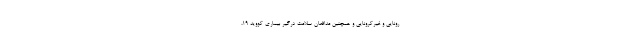
رونایی و غیرکرونایی و همچنین مدافعان سلامت درگیر بیماری کووید ۱۹،